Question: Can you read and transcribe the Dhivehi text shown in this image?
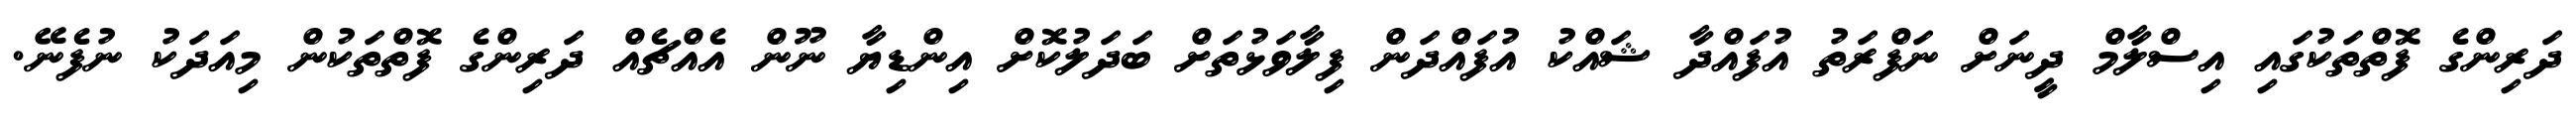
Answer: ދަރިންގެ ފޮތްތަކުގައި އިސްލާމް ދީނަށް ނަފްރަތު އުފައްދާ ޝައްކު އުފައްދަން ފިލާވަޅުތަށް ބަދަލުކޮށް އިންޑިޔާ ނޫން އެއްޗެއް ދަރިންގެ ފޮތްތަކުން މިއަދަކު ނުފެނޭ.